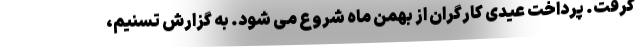
گرفت. پرداخت عیدی کارگران از بهمن ماه شروع می شود. به گزارش تسنیم،‌